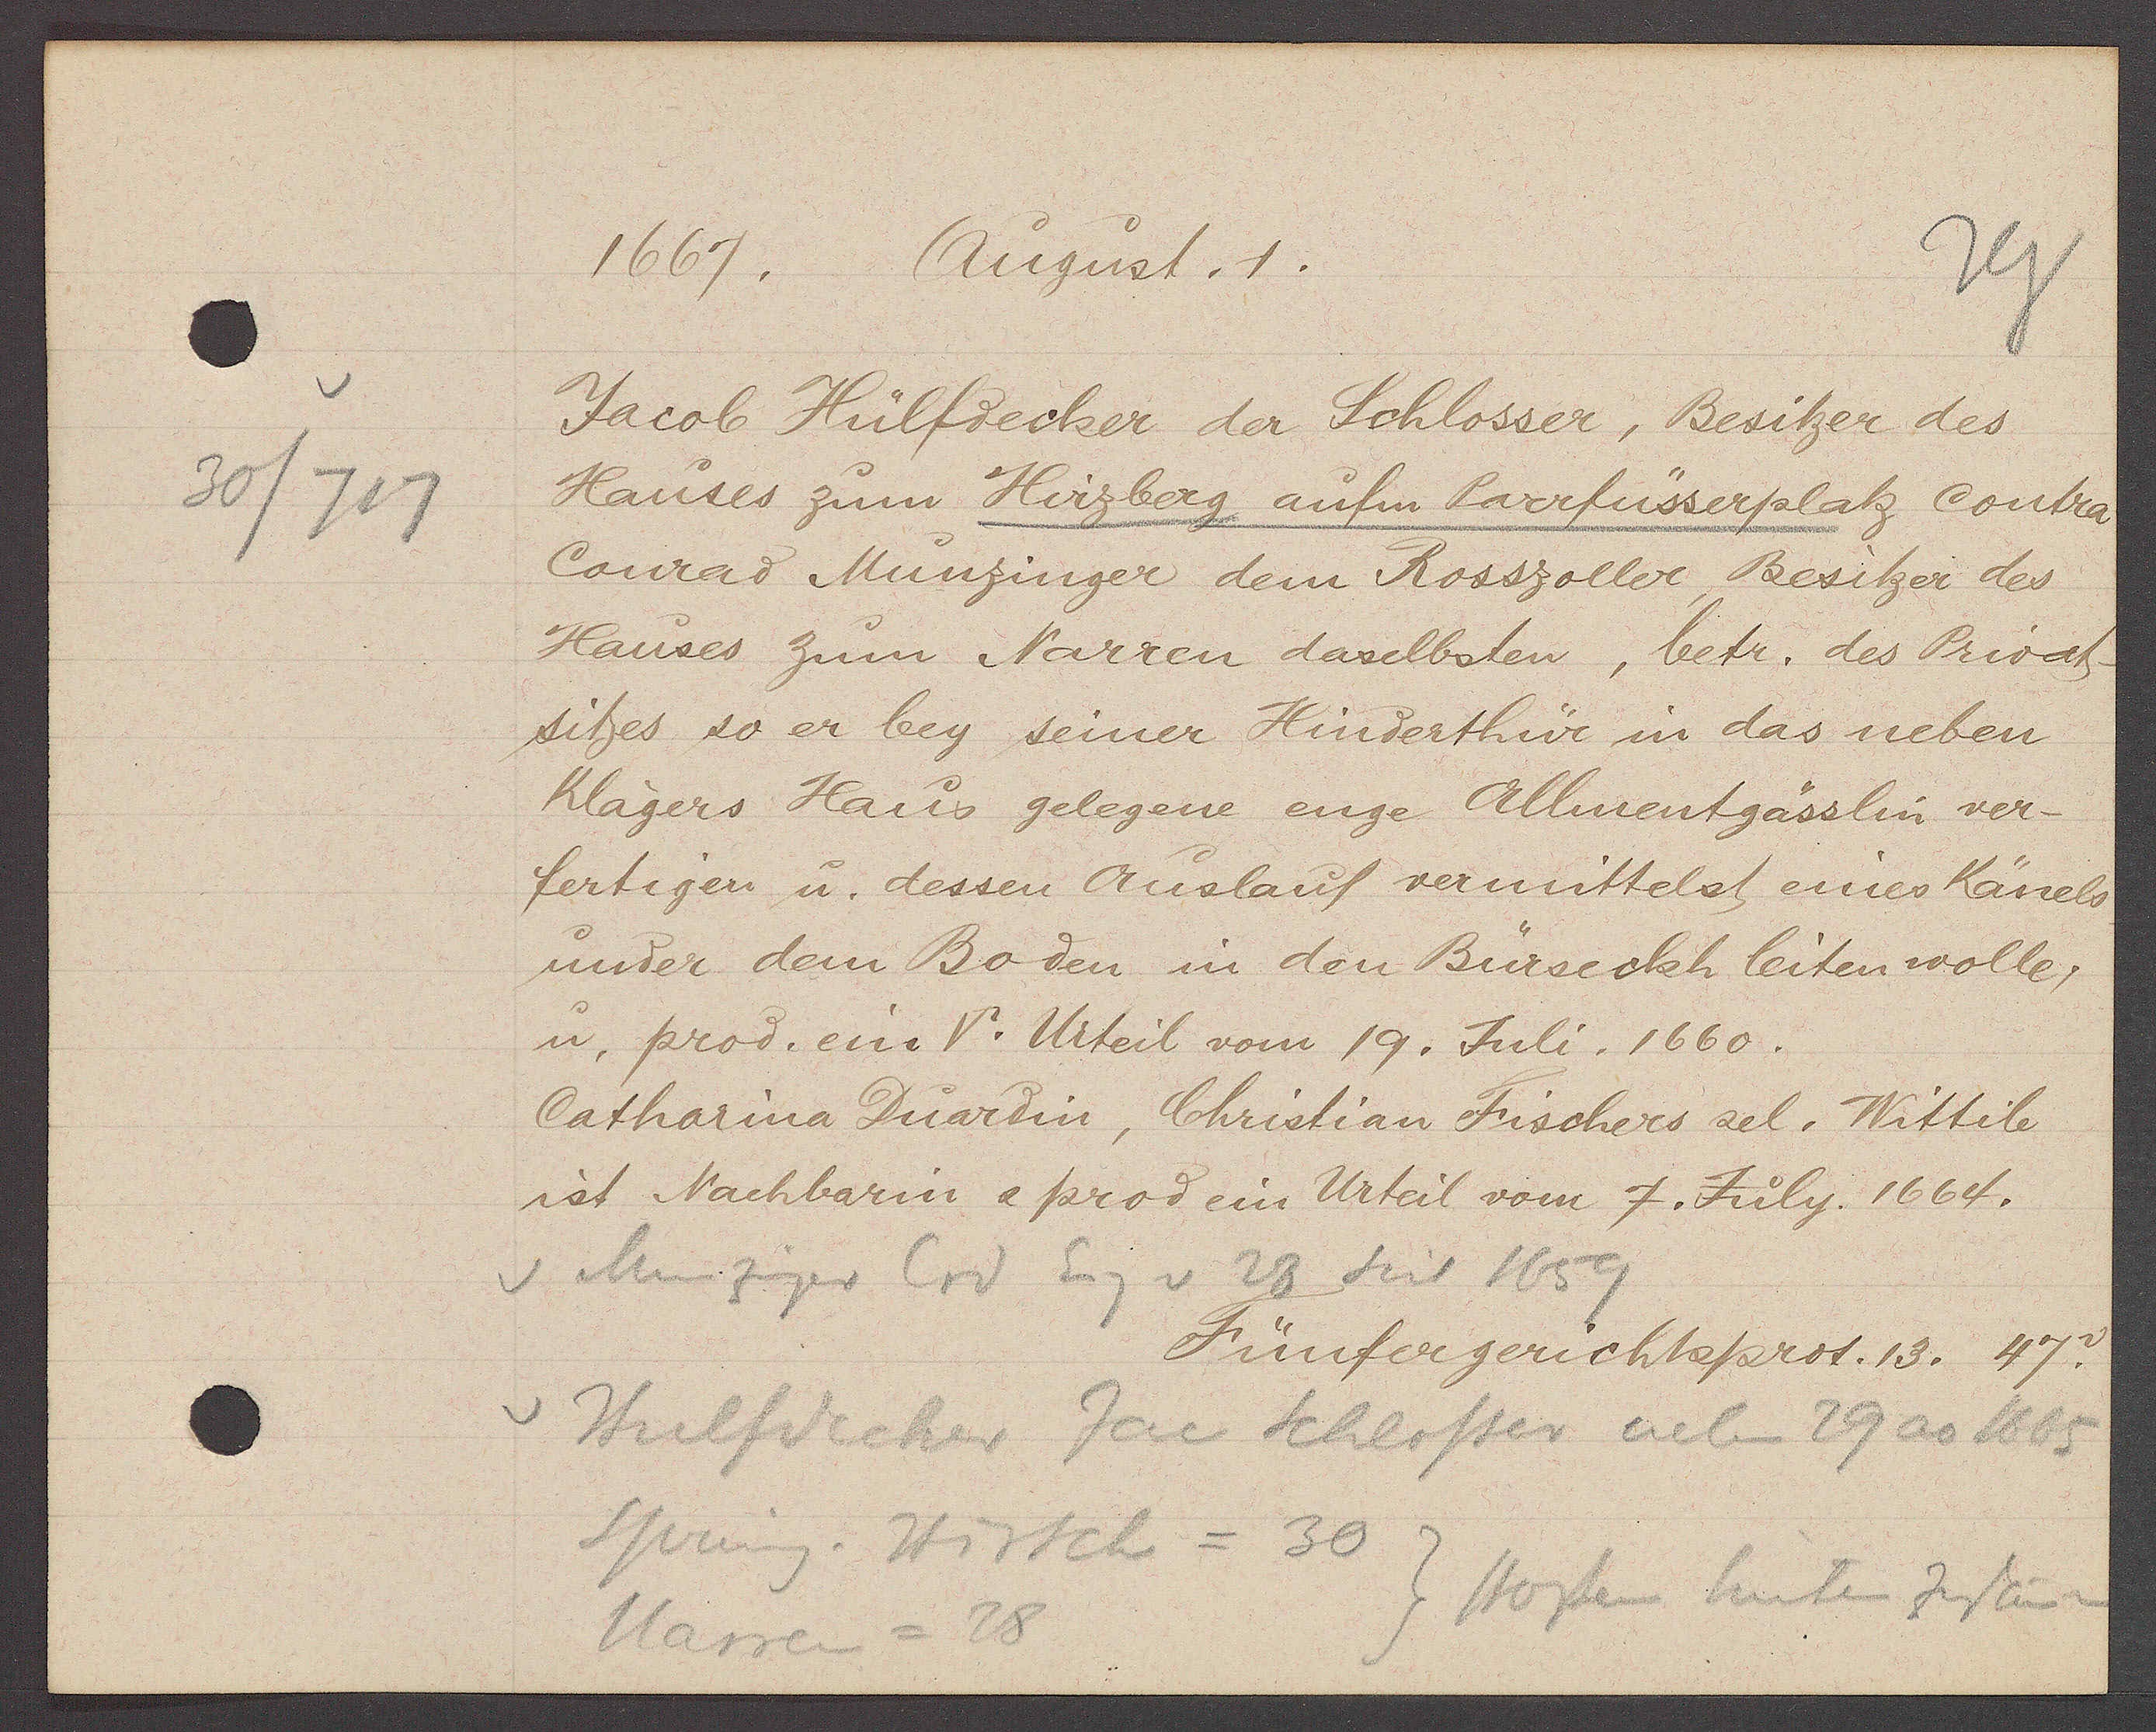
Transcript:
30/717

1667. August. 1.

Jacob Hülfdecker der Schlosser, Besitzer des
Hauses zum Hirzberg aufm Parrfüsserplatz, contra
Conrad Münzinger dem Rosszoller Besitzer des
Hauses zum Narren daselbsten, betr. des Privat-
sitzes so er bey seiner Hinderthür in das neben
Klägers Haus gelegene enge Allmentgässlin ver¬
fertigen u. dessen Auslauf vermittelst eines Känels
under dem Boden in den Bürseckh leiten wolle,
u. prod. ein V. Urteil vom 19. Juli. 1660.
Catharina Duardin, Christian Fischers sel. Wittib
ist Nachbarin e prod ein Urteil vom 7. July 1664.

v. Munziger Crd Eig v 28 seit 1659

Fünfergerichtsprot. 13. 47.

Hulfdecker Jac Schlosser neben 29 ao 1665
Sprung, Hirsch = 30
stossen hinten zusamen
Massen = 28